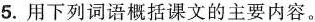
5.用下列词语概括课文的主要内容。